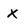
Character: x